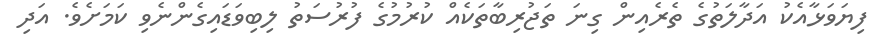
ފިޔަވަޅާއެކު އަދާލަތުގެ ތެރެއިން ގިނަ ތަޖުރިބާތަކެއް ކުރުމުގެ ފުރުސަތު ލިބިވަަޑަައިގެންނެވި ކަމަށެވެ. އަދި